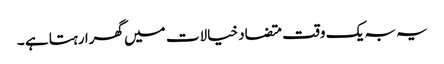
یہ بہ یک وقت متضاد خیالات میں گھرا رہتا ہے ۔